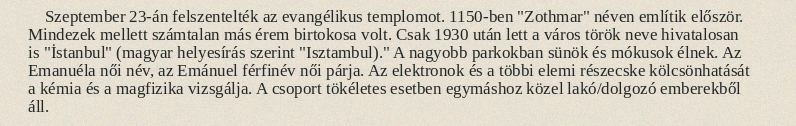
Szeptember 23-án felszentelték az evangélikus templomot. 1150-ben "Zothmar" néven említik először. Mindezek mellett számtalan más érem birtokosa volt. Csak 1930 után lett a város török neve hivatalosan is "İstanbul" (magyar helyesírás szerint "Isztambul)." A nagyobb parkokban sünök és mókusok élnek. Az Emanuéla női név, az Emánuel férfinév női párja. Az elektronok és a többi elemi részecske kölcsönhatását a kémia és a magfizika vizsgálja. A csoport tökéletes esetben egymáshoz közel lakó/dolgozó emberekből áll.